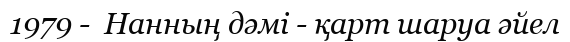
1979 -  Нанның дәмі - қарт шаруа әйел